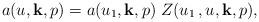
LaTeX: \begin{align*}a(u,{\bf k},p)=a(u_1,{\bf k},p)\;Z(u_1\,,u,{\bf k},p), \end{align*}